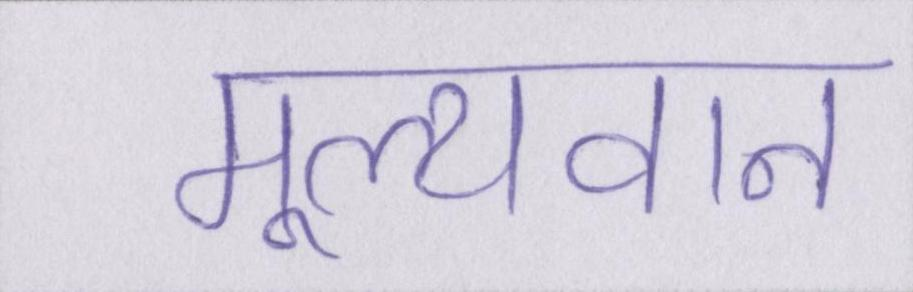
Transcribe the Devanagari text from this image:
मूल्यवान